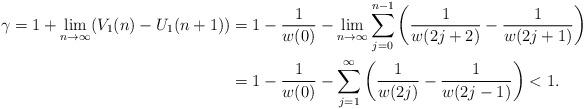
LaTeX: \begin{align*} \gamma=1+\lim_{n\to\infty}(V_1(n)-U_1(n+1))&=1-\frac{1}{w(0)}-\lim_{n\to\infty}\sum_{j=0}^{n-1}\left(\frac{1}{w(2j+2)}-\frac{1}{w(2j+1)}\right)\\ &=1-\frac{1}{w(0)}-\sum_{j=1}^\infty\left(\frac{1}{w(2j)}-\frac{1}{w(2j-1)}\right)<1. \end{align*}